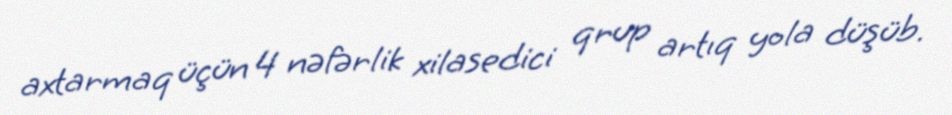
axtarmaq üçün 4 nəfərlik xilasedici qrup artıq yola düşüb.